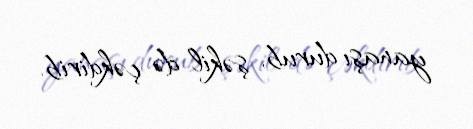
yanaşı durub, şəkil də çəkdirib.